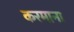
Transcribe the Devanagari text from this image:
करमाना